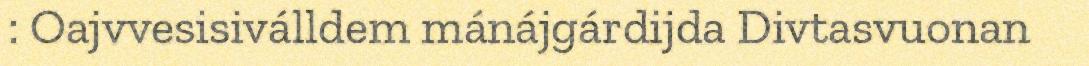
: Oajvvesisiválldem mánájgárdijda Divtasvuonan